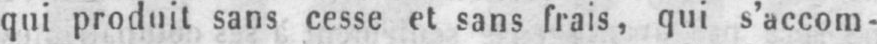
qui produit sans cesse et sans frais, qui s’accom-